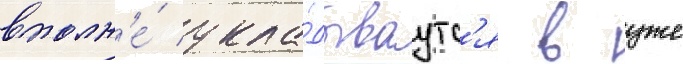
вполн'е́ укла́дываутс'я в уже